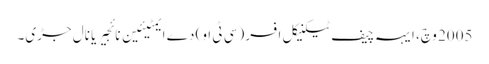
2005 وچ، ایہہ چیف ٹیکنیکل افسر (سی ٹی او) دے ایمٹیئین نائجیریا نال جڑی۔